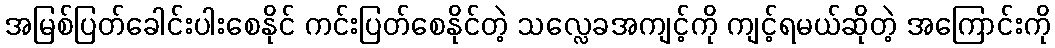
အမြစ်ပြတ်ခေါင်းပါးစေနိုင် ကင်းပြတ်စေနိုင်တဲ့ သလ္လေခအကျင့်ကို ကျင့်ရမယ်ဆိုတဲ့ အကြောင်းကို